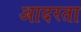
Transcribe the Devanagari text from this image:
आदरता